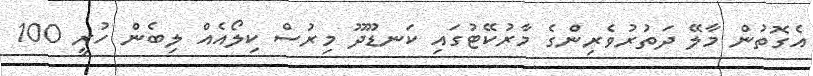
އެގޮތުން މާލޭ ދަތުރުވެރިންގެ މާރުކޭޓުގައި ކަނޑޫދޫ މިރުސް ކިލޯއެއް ލިބެން ހުރީ 100